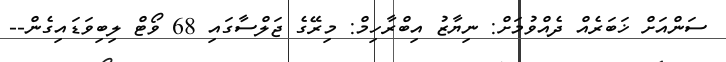
ސަންއަށް ޚަބަރެއް ދެއްވުމަށް: ނިޔާޒު އިބްރާހިމް: މިރޭގެ ޖަލްސާގައި 68 ވޯޓް ލިބިވަޑައިގެން--